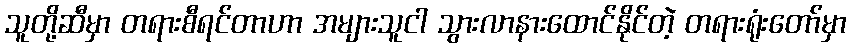
သူတို့ဆီမှာ တရားစီရင်တာဟာ အများသူငါ သွားလာနားထောင်နိုင်တဲ့ တရားရုံးတော်မှာ